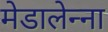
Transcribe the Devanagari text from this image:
मेडालेन्ना